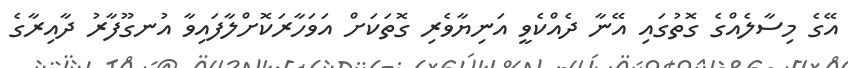
އޭގެ މިސާލެއްގެ ގޮތުގައި އޭނާ ދެއްކެވީ އަނިޔާވެރި ގޮތަކަށް އަވަހާރަކޮށްލާފައިވާ އުނގޫފާރު ދާއިރާގެ